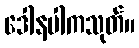
ဒေါနပါကသုတ်။